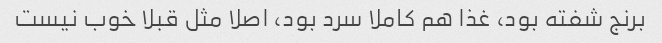
برنج شفته بود، غذا هم کاملا سرد بود، اصلا مثل قبلا خوب نیست